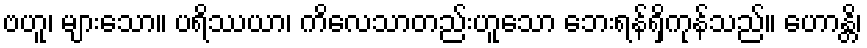
ဗဟူ၊ များသော။ ပရိဿယာ၊ ကိလေသာတည်းဟူသော ဘေးရန်ရှိကုန်သည်။ ဟောန္တိ၊